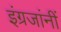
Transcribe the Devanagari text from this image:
इंग्रजांनीं